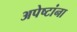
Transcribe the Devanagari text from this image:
अपेष्टांना